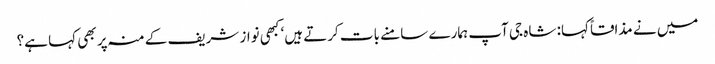
میں نے مذاقاً کہا: شاہ جی آپ ہمارے سامنے بات کرتے ہیں‘ کبھی نواز شریف کے منہ پر بھی کہا ہے؟